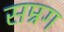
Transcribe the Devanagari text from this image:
सम्रग